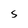
Character: S